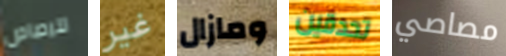
للرصاص غير ومازال تحدقين مصاصي